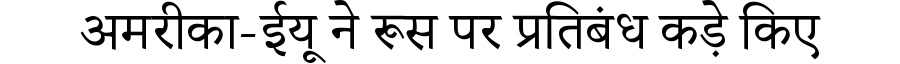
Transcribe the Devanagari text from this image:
अमरीका-ईयू ने रूस पर प्रतिबंध कड़े किए